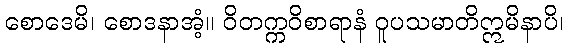
စောဒေမိ၊ စောဒနာအံ့။ ဝိတက္ကဝိစာရာနံ ဝူပသမာတိဣမိနာပိ၊